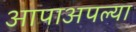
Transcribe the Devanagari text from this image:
आपाअपल्या